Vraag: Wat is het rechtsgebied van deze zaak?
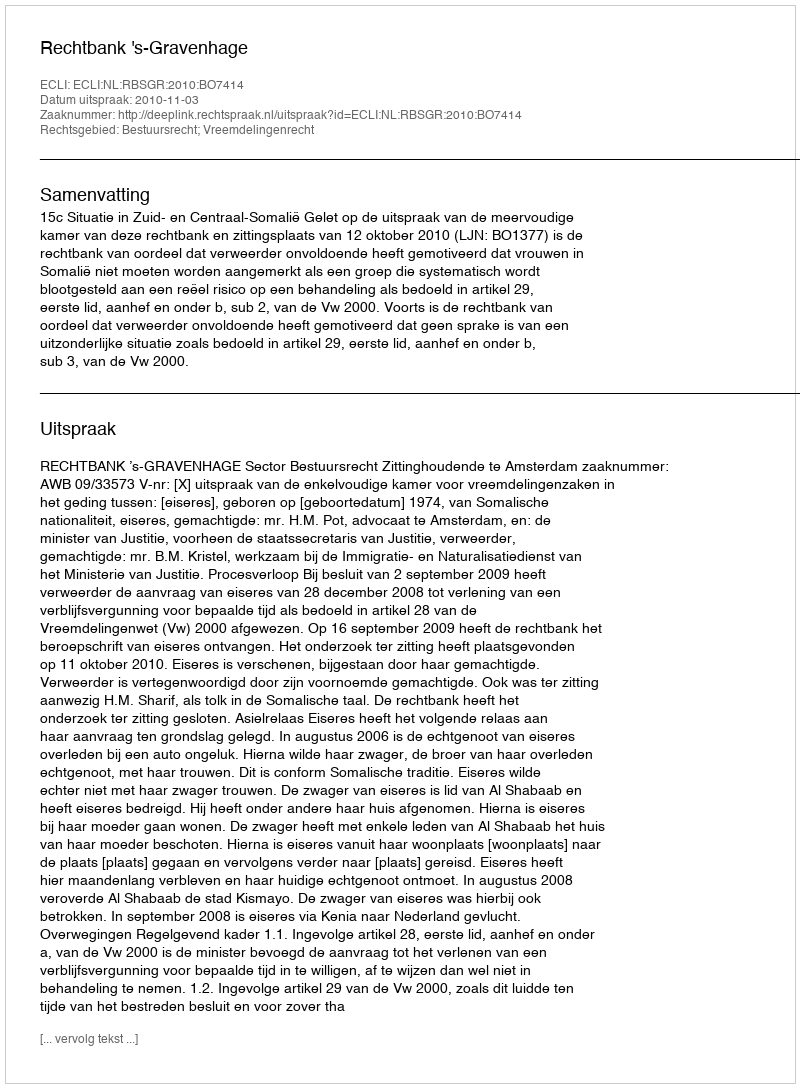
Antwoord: Bestuursrecht; Vreemdelingenrecht